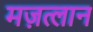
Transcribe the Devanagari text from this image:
मज़त्लान